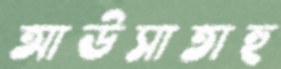
আউসাতাহু